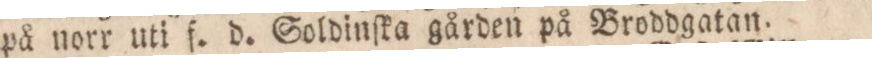
på norr uti f. d. Soldinſka gården på Broddgatan.